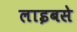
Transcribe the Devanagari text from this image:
लाइबसे